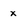
Character: x